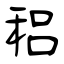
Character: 稆